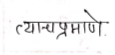
मजकूर: त्याचप्रमाणे